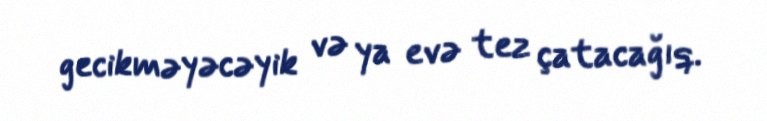
gecikməyəcəyik və ya evə tez çatacağıq.